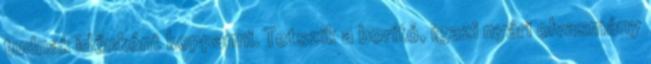
tudnak időnként koppanni. Tetszik a borító, igazi nyári olvasmány